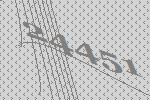
24451